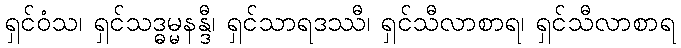
ရှင်ဝံသ၊ ရှင်သဒ္ဓမ္မနန္ဒီ၊ ရှင်သာရဒဿီ၊ ရှင်သီလာစာရ၊ ရှင်သီလာစာရ